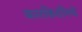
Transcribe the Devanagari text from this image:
कारकिर्दीमधे